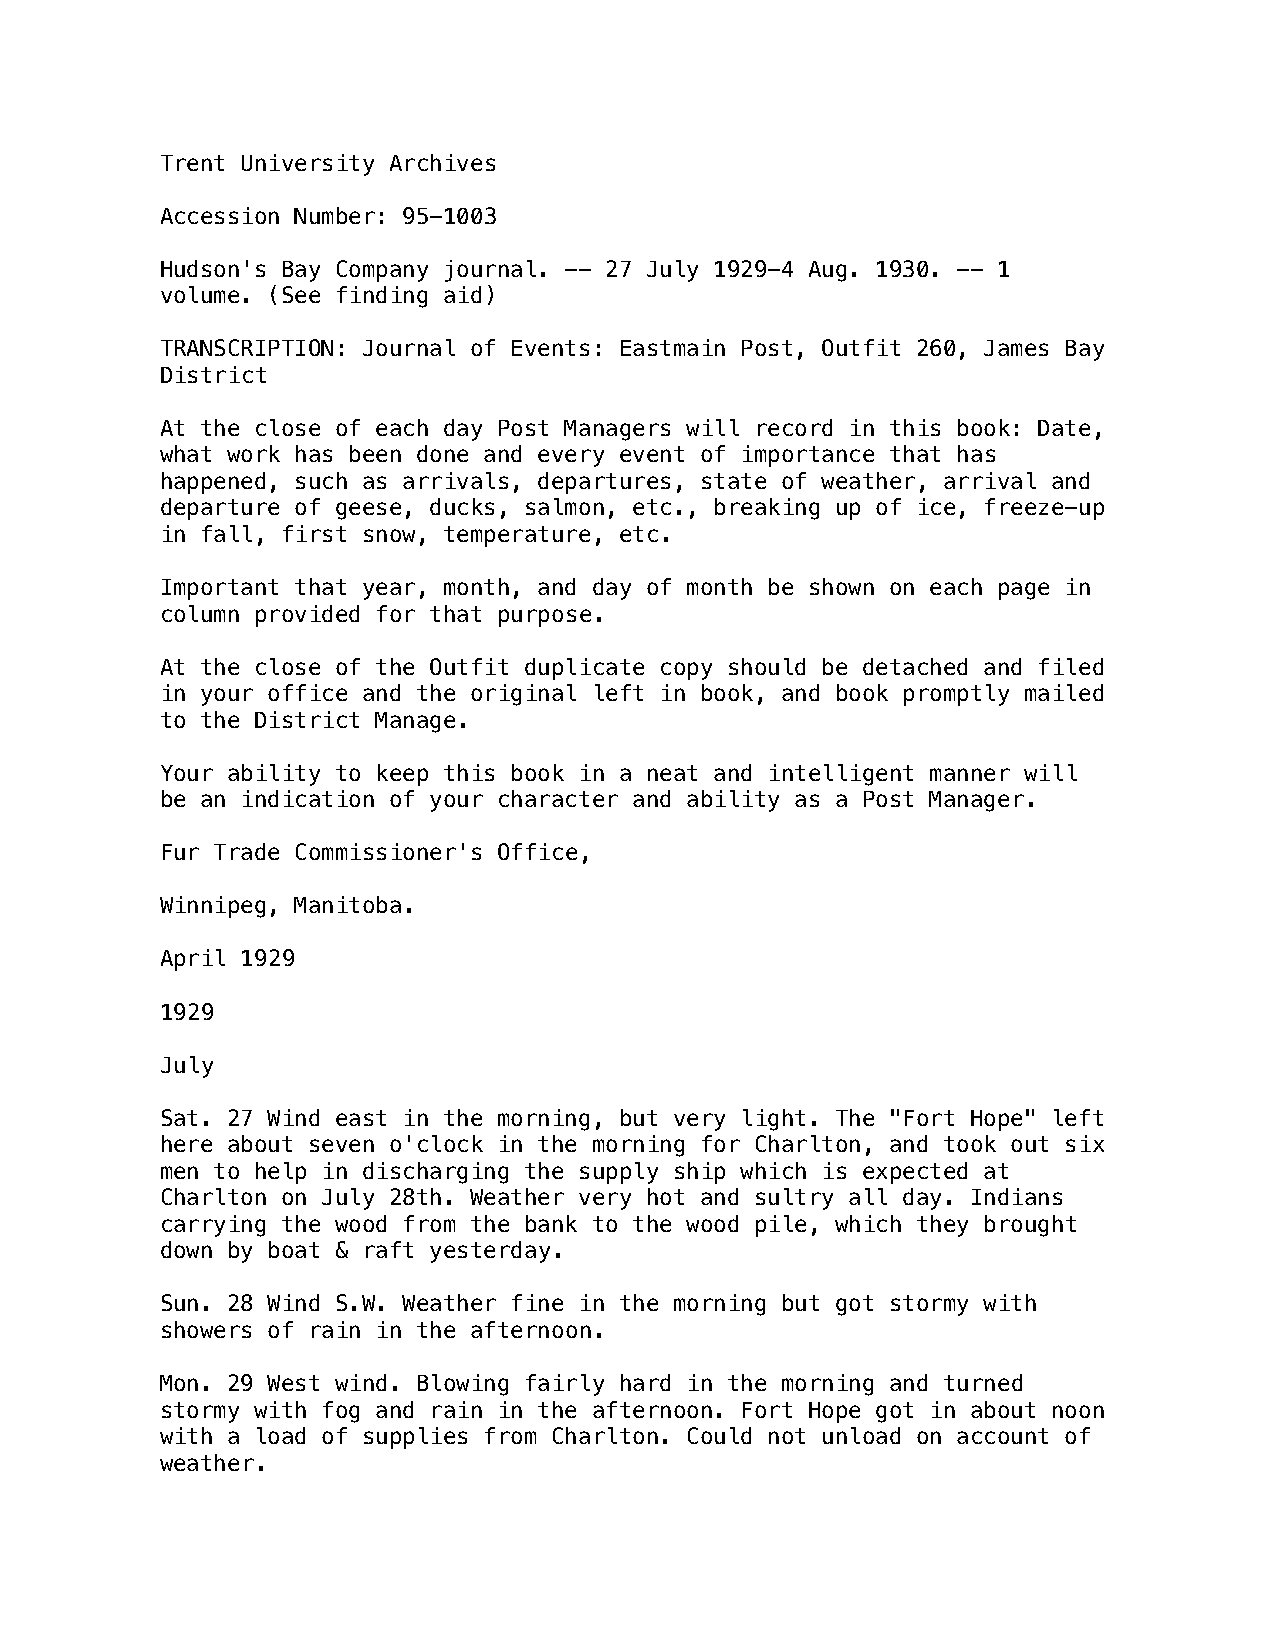
Trent University Archives
 Accession Number: 95-1003
 Hudson's Bay Company journal. -- 27 July 1929-4 Aug. 1930. -- 1
 volume. (See finding aid)
 TRANSCRIPTION: Journal of Events: Eastmain Post, Outfit 260, James Bay
 District
 At the close of each day Post Managers will record in this book: Date,
 what work has been done and every event of importance that has
 happened, such as arrivals, departures, state of weather, arrival and
 departure of geese, ducks, salmon, etc., breaking up of ice, freeze-up
 in fall, first snow, temperature, etc.
 Important that year, month, and day of month be shown on each page in
 column provided for that purpose.
 At the close of the Outfit duplicate copy should be detached and filed
 in your office and the original left in book, and book promptly mailed
 to the District Manage.
 Your ability to keep this book in a neat and intelligent manner will
 be an indication of your character and ability as a Post Manager.
 Fur Trade Commissioner's Office,
 Winnipeg, Manitoba.
 April 1929
 1929
 July
 Sat. 27 Wind east in the morning, but very light. The "Fort Hope" left
 here about seven o'clock in the morning for Charlton, and took out six
 men to help in discharging the supply ship which is expected at
 Charlton on July 28th. Weather very hot and sultry all day. Indians
 carrying the wood from the bank to the wood pile, which they brought
 down by boat & raft yesterday.
 Sun. 28 Wind S.W. Weather fine in the morning but got stormy with
 showers of rain in the afternoon.
 Mon. 29 West wind. Blowing fairly hard in the morning and turned
 stormy with fog and rain in the afternoon. Fort Hope got in about noon
 with a load of supplies from Charlton. Could not unload on account of
 weather.